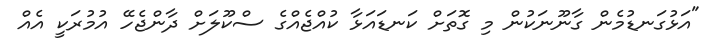
"އަޅުގަނޑުމެން ގާނޫނަކުން މި ގޮތަށް ކަނޑައަޅާ ކުއްޖެއްގެ ސްކޫލަށް ދާންޖެހޭ އުމުރަކީ އެއް